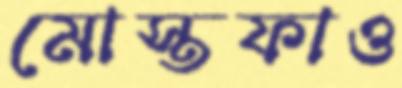
মোস্তফাও